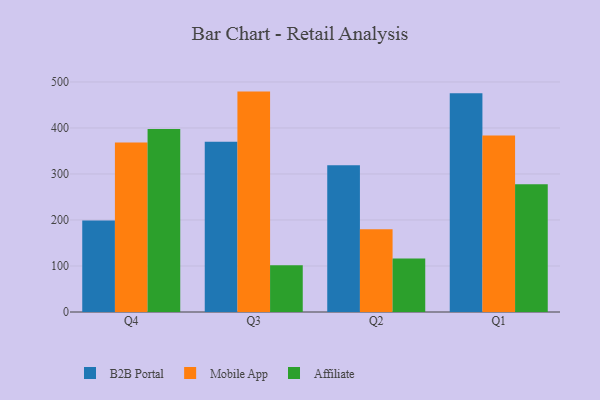
{"axis": {"x": "Quarter", "y": "Production Output"}, "legend": ["Affiliate", "B2B Portal", "Mobile App"], "data": [{"x": "Q4", "y": 198.9, "type": "B2B Portal"}, {"x": "Q4", "y": 368.7, "type": "Mobile App"}, {"x": "Q4", "y": 397.7, "type": "Affiliate"}, {"x": "Q3", "y": 370.3, "type": "B2B Portal"}, {"x": "Q3", "y": 479.1, "type": "Mobile App"}, {"x": "Q3", "y": 101.4, "type": "Affiliate"}, {"x": "Q2", "y": 318.8, "type": "B2B Portal"}, {"x": "Q2", "y": 179.9, "type": "Mobile App"}, {"x": "Q2", "y": 116.5, "type": "Affiliate"}, {"x": "Q1", "y": 475.3, "type": "B2B Portal"}, {"x": "Q1", "y": 383.9, "type": "Mobile App"}, {"x": "Q1", "y": 277.5, "type": "Affiliate"}]}